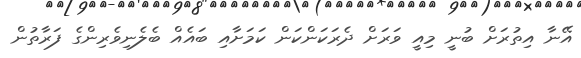
އޭނާ އިތުރަށް ބުނީ މިއީ ވަރަށް ދެރަކަންކަން ކަމަށާއި ބައެއް ބެލެނިވެރިންގެ ފަރާތުން